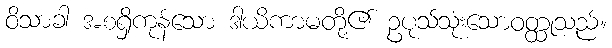
ဝိသာခါ အစရှိကုန်သော ဒါယိကာမတို့၏ ဥပုသ်သုံးသောဝတ္ထုသည်။